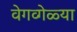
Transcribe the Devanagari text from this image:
वेगव्गेळ्या